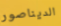
الديناصور